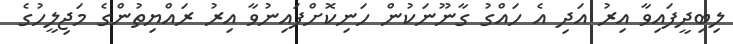
ލިބިދީފައިވާ އިރު އަދި އެ ހައްގު ގާނޫނަކުން ހަނިކޮށްފައިނުވާ އިރު ރައްޔިތުންގެ މަޖިލީހުގެ